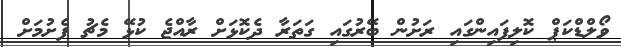
ވޯލްޑްކަޕް ކޮލިފައިންގައި ރަށުން ބޭރުގައި ގަތަރާ ދެކޮޅަށް ރާއްޖެ ކުޅޭ މެޗު ފެށުމަށް